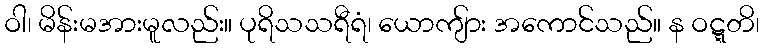
ဝါ၊ မိန်းမအားမူလည်း။ ပုရိသသရီရံ၊ ယောကျ်ား အကောင်သည်။ န ဝဋ္ဋတိ၊